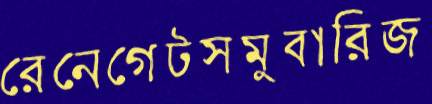
রেনেগেটসমুবারিজ